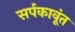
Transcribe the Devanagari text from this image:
सर्पकावूंत